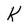
Character: k